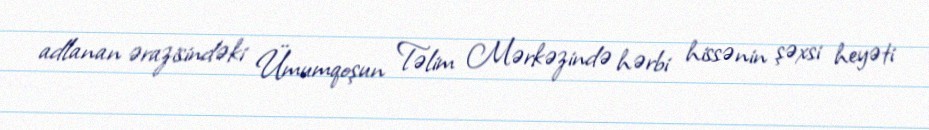
adlanan ərazisindəki Ümumqoşun Təlim Mərkəzində hərbi hissənin şəxsi heyəti